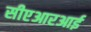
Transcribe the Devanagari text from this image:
सीएआरआई